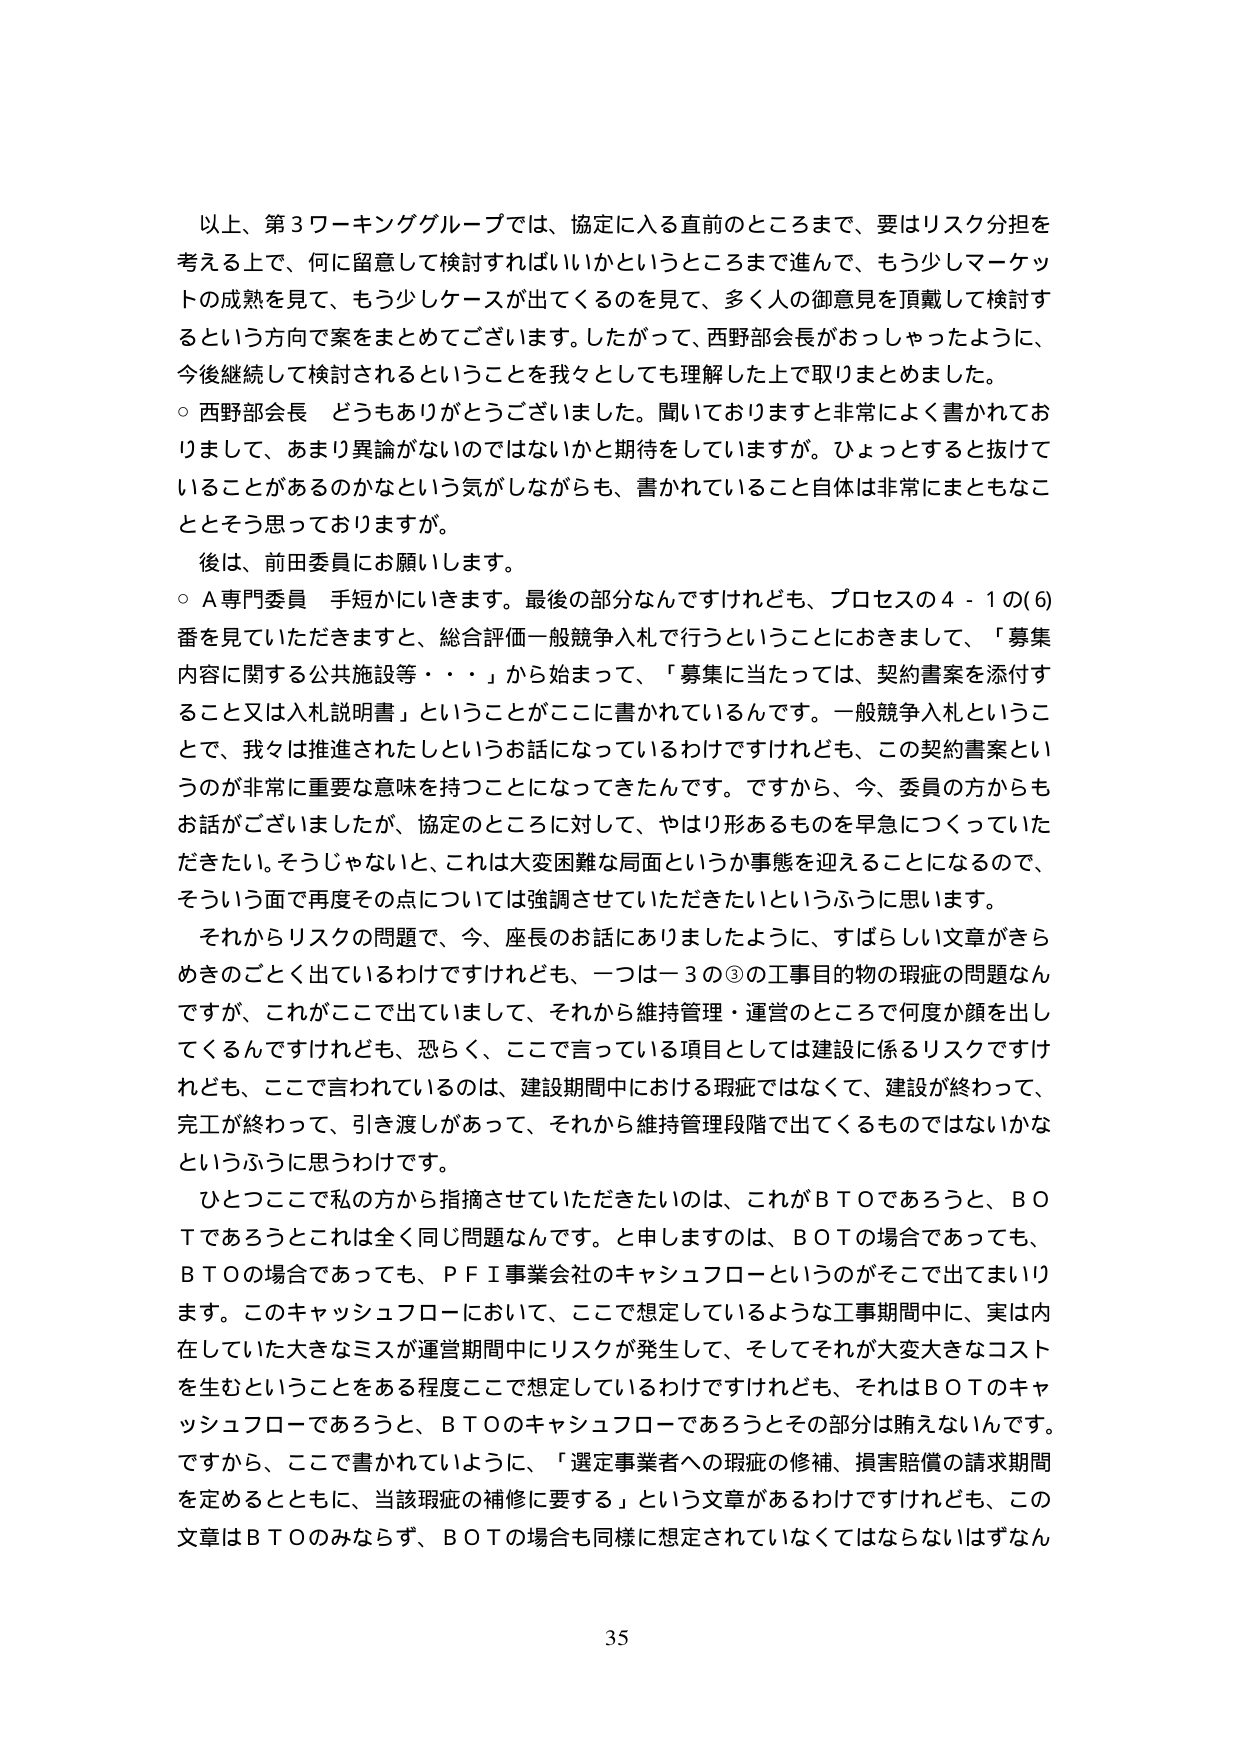
以上、第３ワーキンググループでは、協定に入る直前 のところまで、要はリスク分担を
考える上で、何に留意して検討すればいいかというところまで進んで、もう少しマーケッ
トの成熟を見て、もう少しケースが出てくるのを見て、多くの人の御意見を頂戴して検討す
るという方向で案をまとめてございます。したがって、西野部会長がおっしゃったように、
今後継続して検討されるということを我々としても理解した上で取りまとめました。
○ 西野部会長 どうもありがとうございました。聞いておりますと非常によく書かれてお
りまして、あまり異論がないのではないかと期待をしていますが。ひょっとすると抜けて
いることがあるのかなという気がしながらも、書かれていること自体は非常にまともなこ
ととそう思っておりますが。
後は、前田委員にお願いします。
○ Ａ専門委員 手短かにいきます。最後の部分なんですけれども、プロセスの４－１の(6)
番を見ていただきますと、総合評価一般競争入札で行うということにおきまして、「募集
内容に関する公共施設等・・・」から始まって、「募集に当たっては、契約書案を添付す
ること又は入札説明書」ということがここに書かれているんです。一般競争入札というこ
とで、我々は推進されたしというお話になっているわけですがけれども、この契約書案とい
うのが非常に重要な意味を持つことになってきたんです。ですから、今、委員の方からも
お話がございましたが、協定のところに対して、やはり形あるものを早急につくっていただ
きたい。そうじゃないと、これは大変困難な局面というか事態を迎えることになるので、
そういう面で再度その点については強調させていただきたいというふうに思います。
それからリスクの問題で、今、座長のお話にありましたように、すばらしい文章がきら
めきのごとく出ているわけですけれども、一つは－３の③の工事目的物の瑕疵の問題なん
ですが、これがここで出ていまして、それから維持管理・運営のところで何度か顔を出し
てくるんですけれども、恐らく、ここで言っている項目としては建設に係るリスクですけ
れども、ここで言われているのは、建設期間中における瑕疵ではなくて、建設が終わって、
完工が終わって、引き渡しがあって、それから維持管理段階で出てくるものではないかな
というふうに思うわけです。
ひとつここで私の方から指摘させていただきたいのは、これがＢＴＯであろうと、ＢＯ
Ｔであろうとこれは全く同じ問題なんです。と申しますのは、ＢＯＴの場合であっても、
ＢＴＯの場合であっても、ＰＦＩ事業会社のキャッシュフローというのがそこで出てまいり
ます。このキャッシュフローにおいて、ここで想定しているような工事期間中に、実は内
在していた大きなミスが運営期間中にリスクが発生して、そしてそれが大変大きなコスト
を生むということをある程度ここで想定しているわけですけれども、それはＢＯＴのキャ
ッシュフローであろうと、ＢＴＯのキャッシュフローであろうとその部分は賄えないんです。
ですから、ここで書かれていように、「選定事業者への瑕疵の修補、損害賠償の請求期間
を定めるとともに、当該瑕疵の補修に要する」という文章があるわけですがけれども、この
文章はＢＴＯのみならず、ＢＯＴの場合も同様に想定されていなくてはならないはずなん

35